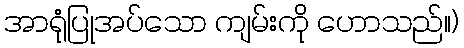
အာရုံပြုအပ်သော ကျမ်းကို ဟောသည်။)